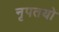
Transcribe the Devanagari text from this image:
नृपतयो